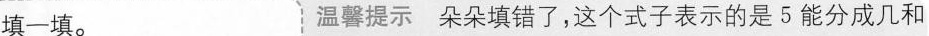
填一填。 温馨提示朵朵填错了，这个式子表示的是5能分成几和